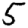
Digit: 5